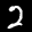
Label: 2